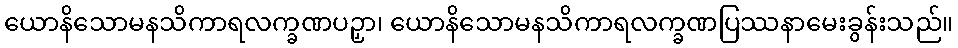
ယောနိသောမနသိကာရလက္ခဏပဉှာ၊ ယောနိသောမနသိကာရလက္ခဏပြဿနာမေးခွန်းသည်။